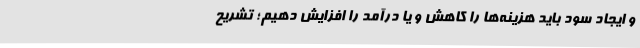
و ایجاد سود باید هزینه‌ها را کاهش و یا درآمد را افزایش دهیم؛ تشریح